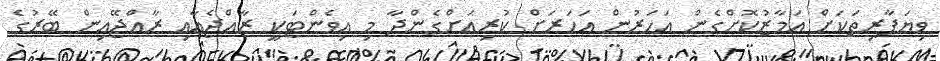
ވިޔަފާރިތަކަށް އަމާޒުކޮށްގެން އަހަރުން އަހަރަށް ކުރިއަށްގެންދާ މި އިވެންޓަކީ ރާއްޖެއާއި ރާއްޖޭއިން ބޭރުގެ